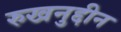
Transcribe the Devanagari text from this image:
रुखनुद्दीन